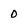
Character: 0